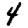
Digit: 4